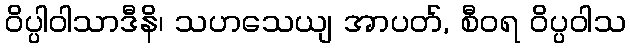
ဝိပ္ပါဝါသာဒီနိ၊ သဟသေယျ အာပတ်, စီဝရ ဝိပ္ပဝါသ